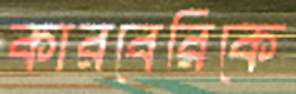
কারবেরিকে